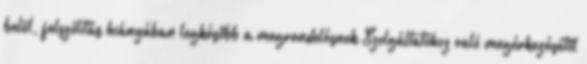
belül, felszólítás hiányában legkésőbb a megrendelésnek Szolgáltatóhoz való megérkezésétől